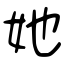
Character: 她